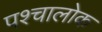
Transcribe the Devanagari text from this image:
पश्चालोक